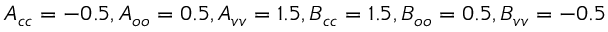
A _ { c c } = - 0 . 5 , A _ { o o } = 0 . 5 , A _ { v v } = 1 . 5 , B _ { c c } = 1 . 5 , B _ { o o } = 0 . 5 , B _ { v v } = - 0 . 5